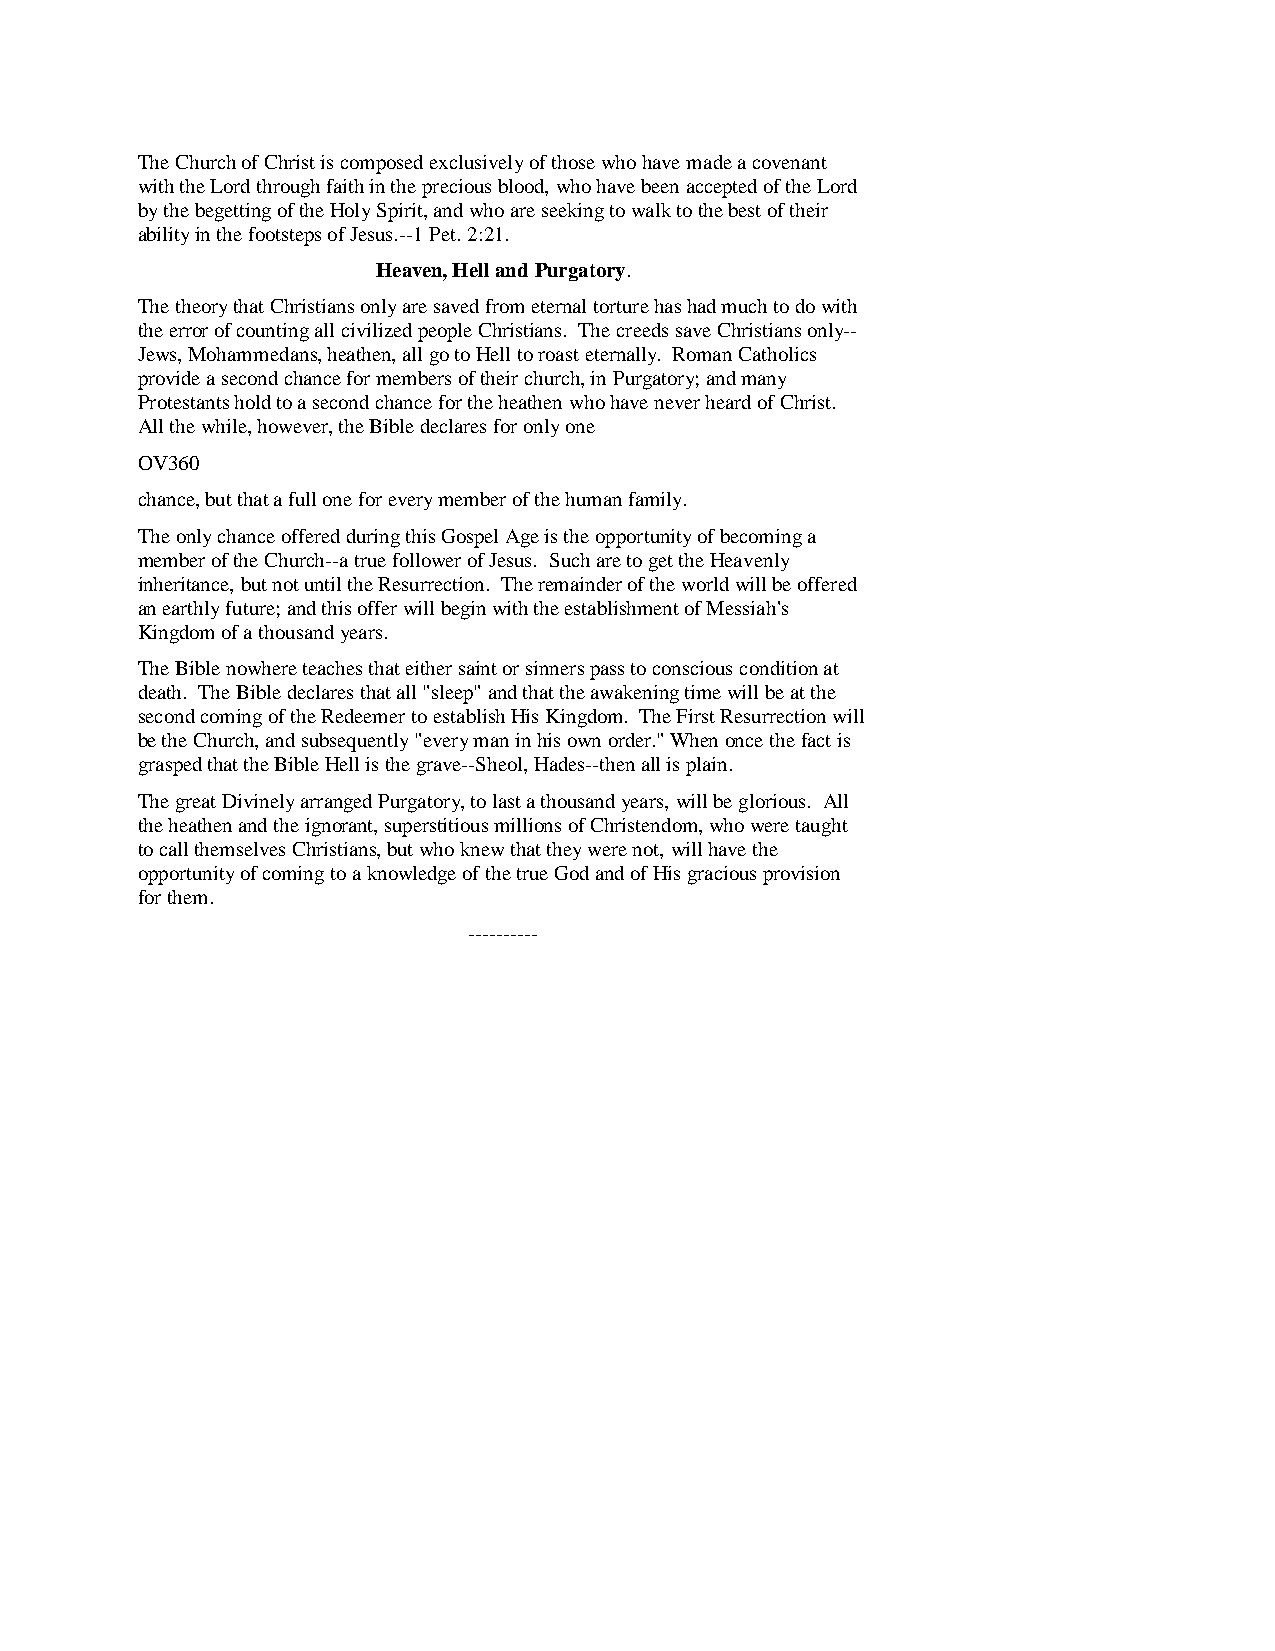
The Church of Christ is composed exclusively of those who have made a covenant
 with the Lord through faith in the precious blood, who have been accepted of the Lord
 by the begetting of the Holy Spirit, and who are seeking to walk to the best of their
 ability in the footsteps of Jesus.--1 Pet. 2:21.
 Heaven, Hell and Purgatory.
 The theory that Christians only are saved from eternal torture has had much to do with
 the error of counting all civilized people Christians. The creeds save Christians only--
 Jews, Mohammedans, heathen, all go to Hell to roast eternally. Roman Catholics
 provide a second chance for members of their church, in Purgatory; and many
 Protestants hold to a second chance for the heathen who have never heard of Christ.
 All the while, however, the Bible declares for only one
 OV360
 chance, but that a full one for every member of the human family.
 The only chance offered during this Gospel Age is the opportunity of becoming a
 member of the Church--a true follower of Jesus. Such are to get the Heavenly
 inheritance, but not until the Resurrection. The remainder of the world will be offered
 an earthly future; and this offer will begin with the establishment of Messiah's
 Kingdom of a thousand years.
 The Bible nowhere teaches that either saint or sinners pass to conscious condition at
 death. The Bible declares that all "sleep" and that the awakening time will be at the
 second coming of the Redeemer to establish His Kingdom. The First Resurrection will
 be the Church, and subsequently "every man in his own order." When once the fact is
 grasped that the Bible Hell is the grave--Sheol, Hades--then all is plain.
 The great Divinely arranged Purgatory, to last a thousand years, will be glorious. All
 the heathen and the ignorant, superstitious millions of Christendom, who were taught
 to call themselves Christians, but who knew that they were not, will have the
 opportunity of coming to a knowledge of the true God and of His gracious provision
 for them.
 ----------